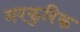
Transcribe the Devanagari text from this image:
मरकुरिक